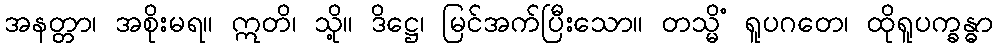
အနတ္တာ၊ အစိုးမရ။ ဣတိ၊ သို့။ ဒိဋ္ဌေ၊ မြင်အက်ပြီးသော။ တသ္မိံ ရူပဂတေ၊ ထိုရူပက္ခန္ဓာ